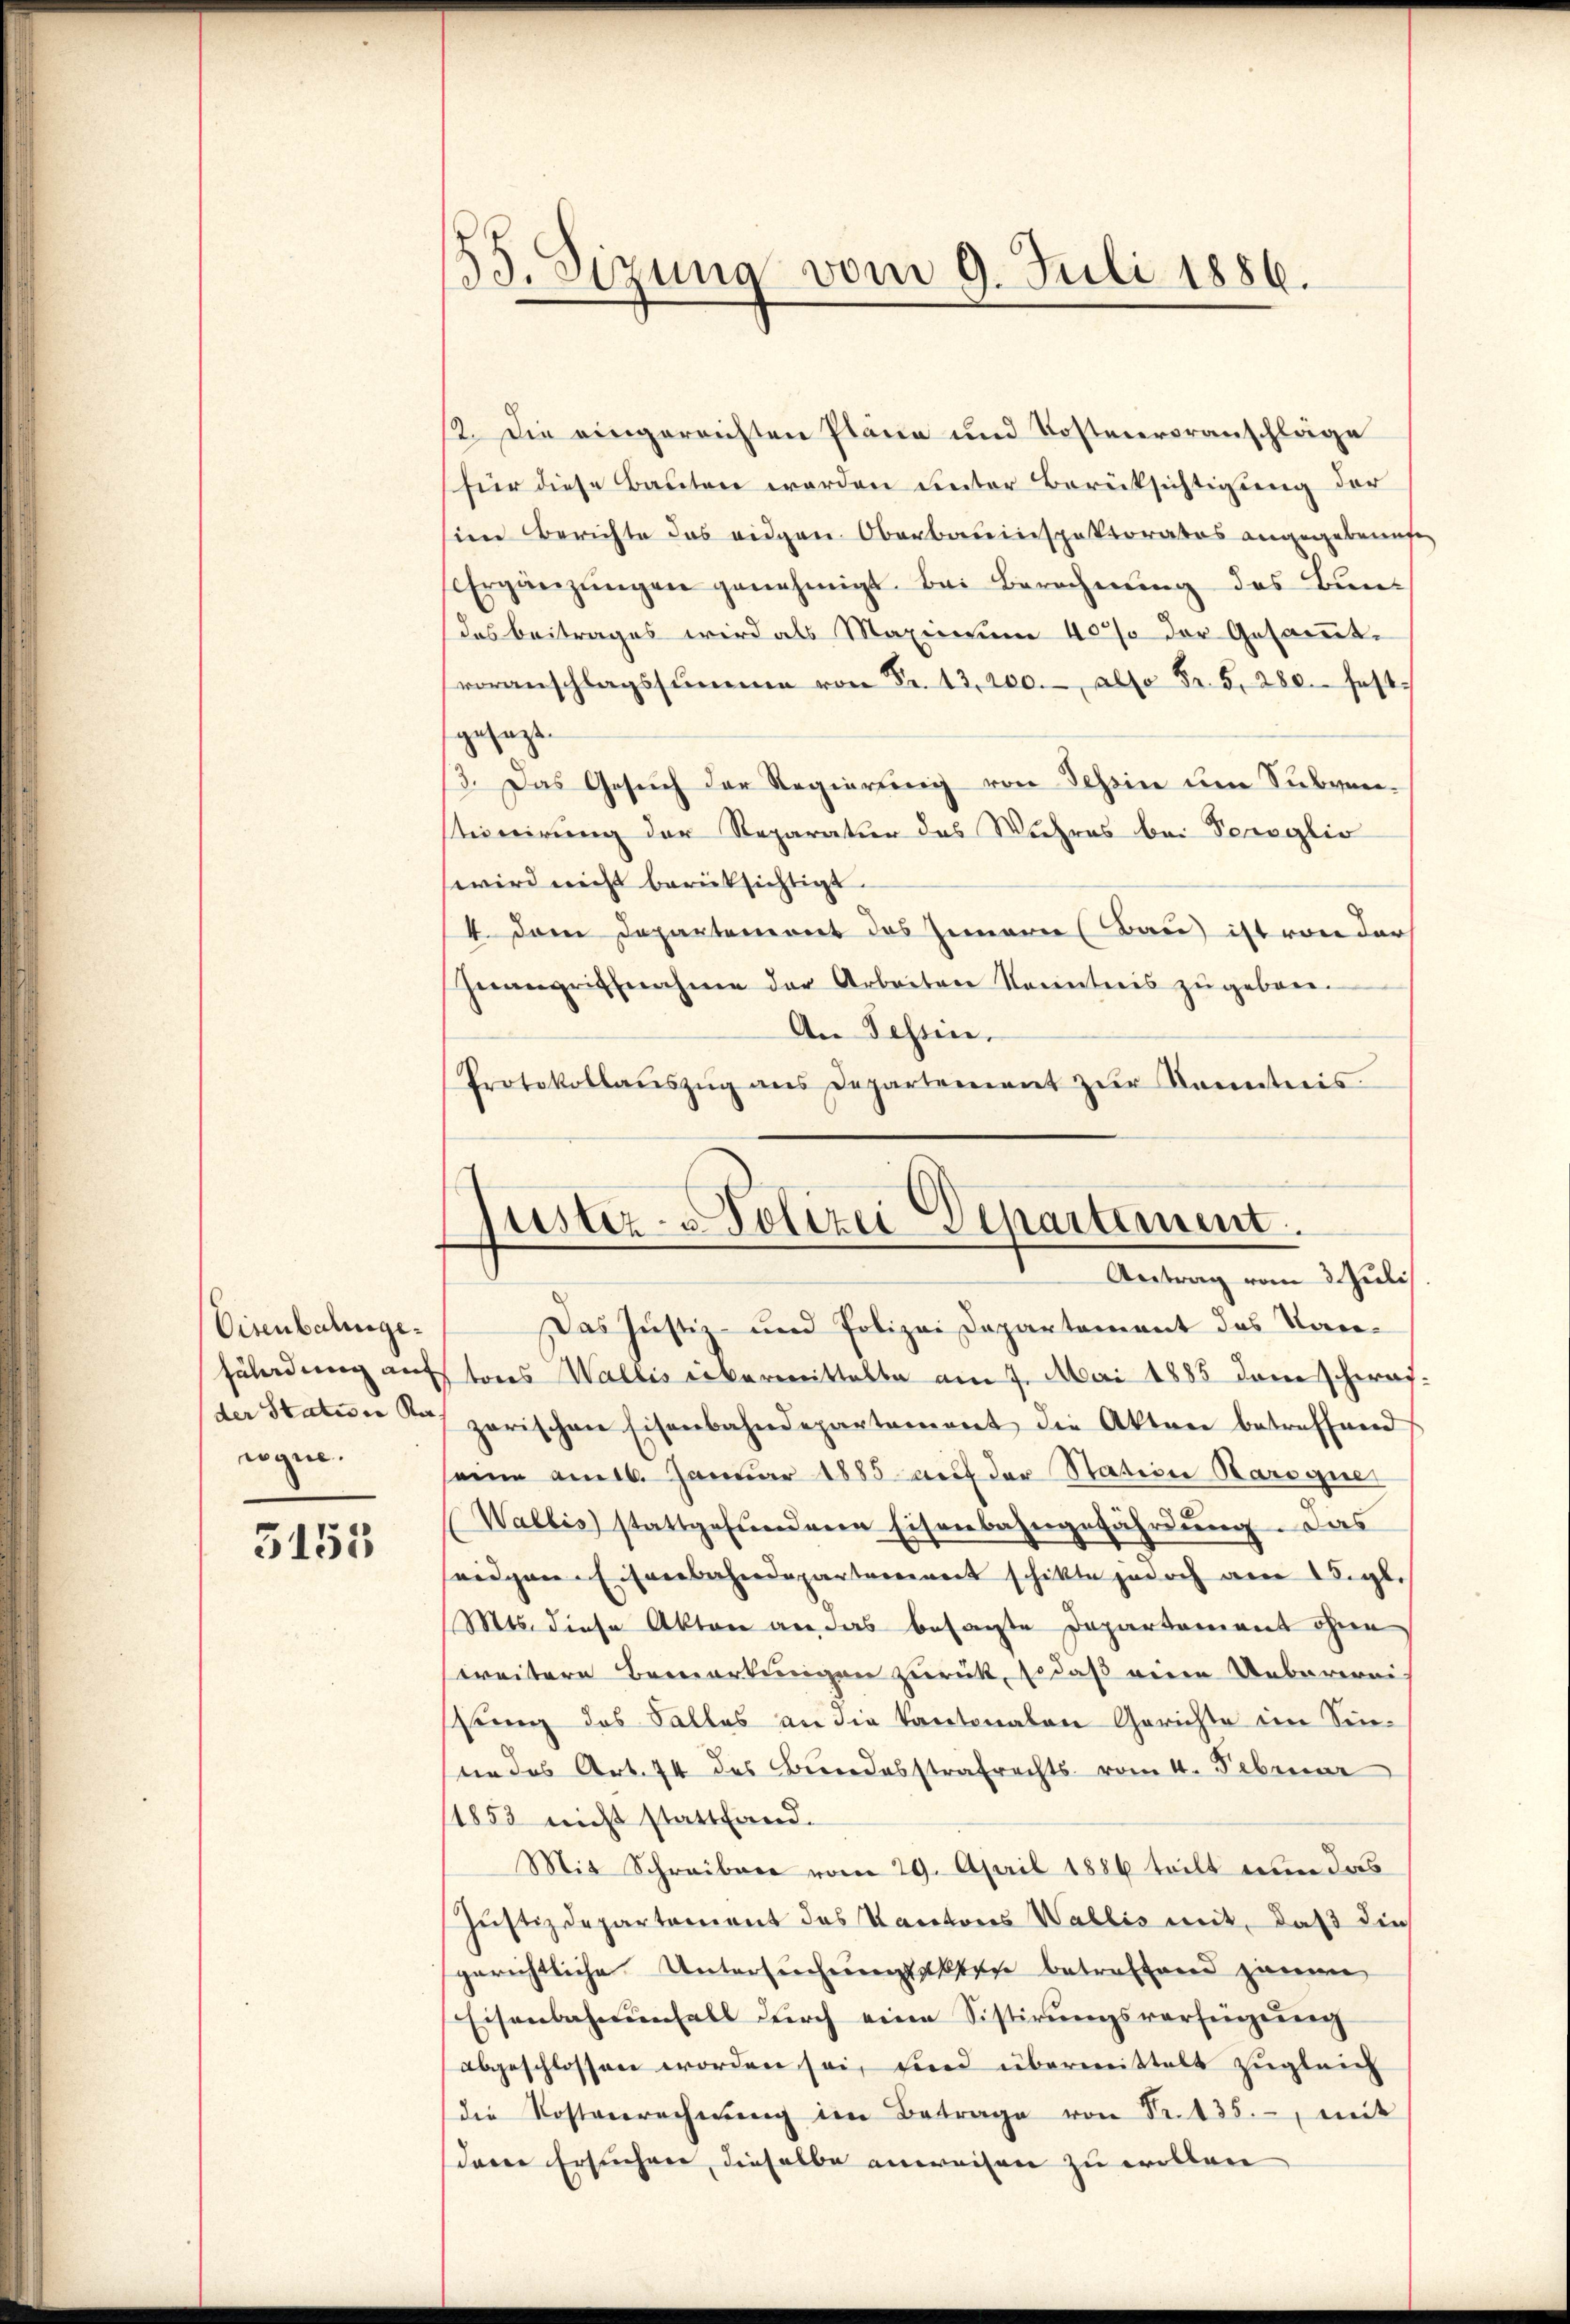
Eisenbahngeder Station Ka
wgne.

3155

83.
izung vom 9. Juli 1886.

12. Die eingereichten Pläne und Kostenvoranschläge
für diese Bauten werden unter Berüksichtigung der
sien Berichte das eidgen. Oberbauinspektoratos angegebenefen
Ergänzŭngen genehmigt. Bei Berechnung des Bundas Beitrages wird als Maximum 40% der Gesamt-
voranschlagssumme von Fr. 13,200. also Fr. 5. 280. festgesagt.
3. Das Gesŭch der Regierung von Tessin um Subven-
sticirung der Reparation des Wuhres bei Pocoglio
wird nicht berücksichtigt.
4. Dem Departemont des Innern (Bau) ist von der
Inangriffnahme der Arbeiten Kenntnis zugeben.
An Tessin.
Protokollaŭszŭg ans Departement zŭr Kenntnis.

fister- Polizei Departemen
Antrag vom 3 Juli

Das Justiz- und Polizei Departement das Kan¬
Fäladung aufstones Wallis übermittelte am 7. Mai 1885 dem schwarzerischen Eisenbahndepartement die Akten betreffend
seine am 16. Januar 1885 auf der Station Karogie
Wallis stattgefundene Eisenbahngefährdung. Das
seidgen. Eisenbahndepartement schikte jedoch am gl.
Mts. diese Akten an das besagte Departement ohne
weitere Bemerkungen zurück, so daß eine Ueberwei-
ssung des Falles an die Kantonalen Gerichte im Sinsein des Art. 74 des Bundesstrafrechts vom 4. Februar
1853 nicht stattfand.
Mit Schreiben vom 29. April 1886 teilt nun das
Justizdepartement des Kantons Wallis mit, daß die
gerichtliche Untersuchungsakten betreffend jenen
Eisenbahnensall durch eine Sistirŭngsverfügung
abgeschlossen worden sei, und übermittelt zugleich
die Kostenrechnŭng im Betrage von Fr. 435. mit
daren Ersuchen, dieselbe anweisen zu wollen